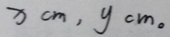
x c m , y c m 。